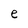
Character: e